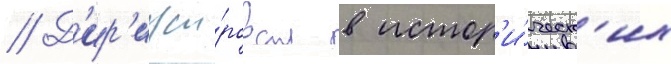
// Д'ир'ижи́ровал в истор'и́ческ'их